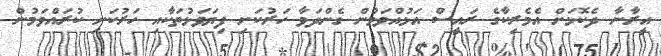
އީރާނާ ދެކޮޅަށް އެމެރިކާގެ ރައީސް އަޅުއްވަމުން ގެންދަވާ ހަރުކަށި ފިޔަވަޅުތަކާއި ހަރުކަށި ކުރައްވަމުން